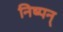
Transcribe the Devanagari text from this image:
निष्पन्